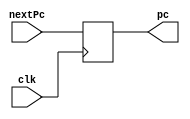
`timescale 1ns / 1ps
//////////////////////////////////////////////////////////////////////////////////
// Company: 
// Engineer: 
// 
// Design Name: 
// Module Name: program_counter
// Project Name: 
// Target Devices: 
// Tool Versions: 
// Description: 
// 
// Dependencies: 
// 
// Revision:
// Revision 0.01 - File Created
// Additional Comments:
// 
//////////////////////////////////////////////////////////////////////////////////


module program_counter(
    input clk,
    input [31:0] nextPc,
    output reg [31:0] pc
    ); 

    always @(posedge clk) begin
        pc <= nextPc;
    end
endmodule